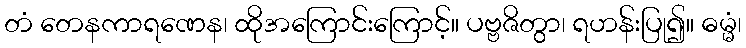
တံ တေနကာရဏေန၊ ထိုအကြောင်းကြောင့်။ ပဗ္ဗဇိတွာ၊ ရဟန်းပြု၍။ ဓမ္မံ၊